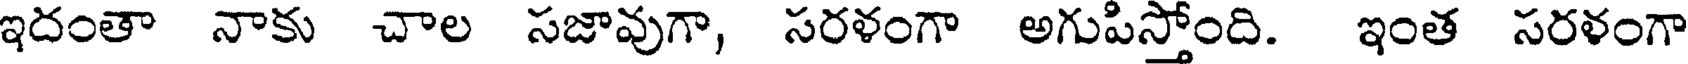
ఇదంతా నాకు చాల సజావుగా, సరళంగా అగుపిస్తోంది. ఇంత సరళంగా